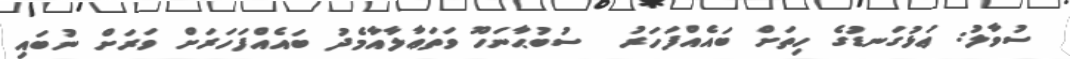
ސުވާލު: ޢަޅުގަނޑުގެ ހިތަށް ބައެއްފަހަރު  ސުބުޙާނަހޫ ވަތަޢާލާއާމެދު ބައެއްފަހަރަށް ވަރަށް ނުބައި